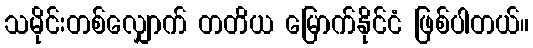
သမိုင်းတစ်လျှောက် တတိယ မြောက်နိုင်ငံ ဖြစ်ပါတယ်။